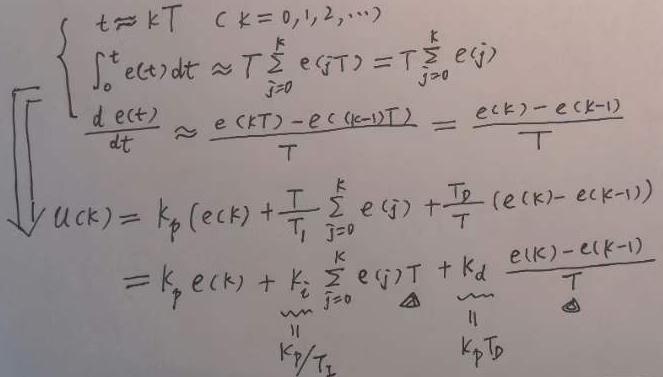
\[
\left\{
\begin{array}{l}
t = kT\ (k = 0,1,2,\cdots) \\
\int_{0}^{t} e(t)dt \approx T\sum_{j = 0}^{k} e(jT)=T\sum_{j = 0}^{k} e(j) \\
\frac{d\ e(t)}{dt} \approx \frac{e(kT)-e((k - 1)T)}{T}=\frac{e(k)-e(k - 1)}{T} \\
u(k)=k_{p}(e(k))+\frac{T}{T_{i}}\sum_{j = 0}^{k} e(j)+\frac{T_{d}}{T}(e(k)-e(k - 1)) \\
=k_{p}e(k)+k_{i}\sum_{j = 0}^{k} e(j)T + k_{d}\frac{e(k)-e(k - 1)}{T} \\
\underset{k_{p}/T_{i}}{\parallel}\ \ \ \ \ \ \ \ \ \ \ \ \ \ \ \ \ \ \ \ \ \ \ \ \ \ \ \ \ \ \ \ \ \ \ \ \ \ \ \ \ \ \ \ \ \ \ \ \ \ \ \ \ \ \ \ \ \ \ \ \ \ \ \ \ \ \ \ \ \ \ \ \ \ \ \ \ \ \ \ \ \ \ \ \ \ \ \ \ \ \ \ \ \ \ \ \ \ \ \ \ \ \ \ \ \ \ \ \ \ \ \ \ \ \ \ \ \ \ \ \ \ \ \ \ \ \ \ \ \ \ \ \ \ \ \ \ \ \ \ \ \ \ \ \ \ \ \ \ \ \ \ \ \ \ \ \ \ \ \ \ \ \ \ \ \ \ \ \ \ \ \ \ \ \ \ \ \ \ \ \ \ \ \ \ \ \ \ \ \ \ \ \ \ \ \ \ \ \ \ \ \ \ \ \ \ \ \ \ \ \ \ \ \ \ \ \ \ \ \ \ \ \ \ \ \ \ \ \ \ \ \ \ \ \ \ \ \ \ \ \ \ \ \ \ \ \ \ \ \ \ \ \ \ \ \ \ \ \ \ \ \ \ \ \ \ \ \ \ \ \ \ \ \ \ \ \ \ \ \ \ \ \ \ \ \ \ \ \ \ \ \ \ \ \ \ \ \ \ \ \ \ \ \ \ \ \ \ \ \ \ \ \ \ \ \ \ \ \ \ \ \ \ \ \ \ \ \ \ \ \ \ \ \ \ \ \ \ \ \ \ \ \ \ \ \ \ \ \ \ \ \ \ \ \ \ \ \ \ \ \ \ \ \ \ \ \ \ \ \ \ \ \ \ \ \ \ \ \ \ \ \ \ \ \ \ \ \ \ \ \ \ \ \ \ \ \ \ \ \ \ \ \ \ \ \ \ \ \ \ \ \ \ \ \ \ \ \ \ \ \ \ \ \ \ \ \ \ \ \ \ \ \ \ \ \ \ \ \ \ \ \ \ \ \ \ \ \ \ \ \ \ \ \ \ \ \ \ \ \ \ \ \ \ \ \ \ \ \ \ \ \ \ \ \ \ \ \ \ \ \ \ \ \ \ \ \ \ \ \ \ \ \ \ \ \ \ \ \ \ \ \ \ \ \ \ \ \ \ \ \ \ \ \ \ \ \ \ \ \ \ \ \ \ \ \ \ \ \ \ \ \ \ \ \ \ \ \ \ \ \ \ \ \ \ \ \ \ \ \ \ \ \ \ \ \ \ \ \ \ \ \ \ \ \ \ \ \ \ \ \ \ \ \ \ \ \ \ \ \ \ \ \ \ \ \ \ \ \ \ \ \ \ \ \ \ \ \ \ \ \ \ \ \ \ \ \ \ \ \ \ \ \ \ \ \ \ \ \ \ \ \ \ \ \ \ \ \ \ \ \ \ \ \ \ \ \ \ \ \ \ \ \ \ \ \ \ \ \ \ \ \ \ \ \ \ \ \ \ \ \ \ \ \ \ \ \ \ \ \ \ \ \ \ \ \ \ \ \ \ \ \ \ \ \ \ \ \ \ \ \ \ \ \ \ \ \ \ \ \ \ \ \ \ \ \ \ \ \ \ \ \ \ \ \ \ \ \ \ \ \ \ \ \ \ \ \ \ \ \ \ \ \ \ \ \ \ \ \ \ \ \ \ \ \ \ \ \ \ \ \ \ \ \ \ \ \ \ \ \ \ \ \ \ \ \ \ \ \ \ \ \ \ \ \ \ \ \ \ \ \ \ \ \ \ \ \ \ \ \ \ \ \ \ \ \ \ \ \ \ \ \ \ \ \ \ \ \ \ \ \ \ \ \ \ \ \ \ \ \ \ \ \ \ \ \ \ \ \ \ \ \ \ \ \ \ \ \ \ \ \ \ \ \ \ \ \ \ \ \ \ \ \ \ \ \ \ \ \ \ \ \ \ \ \ \ \ \ \ \ \ \ \ \ \ \ \ \ \ \ \ \ \ \ \ \ \ \ \ \ \ \ \ \ \ \ \ \ \ \ \ \ \ \ \ \ \ \ \ \ \ \ \ \ \ \ \ \ \ \ \ \ \ \ \ \ \ \ \ \ \ \ \ \ \ \ \ \ \ \ \ \ \ \ \ \ \ \ \ \ \ \ \ \ \ \ \ \ \ \ \ \ \ \ \ \ \ \ \ \ \ \ \ \ \ \ \ \ \ \ \ \ \ \ \ \ \ \ \ \ \ \ \ \ \ \ \ \ \ \ \ \ \ \ \ \ \ \ \ \ \ \ \ \ \ \ \ \ \ \ \ \ \ \ \ \ \ \ \ \ \ \ \ \ \ \ \ \ \ \ \ \ \ \ \ \ \ \ \ \ \ \ \ \ \ \ \ \ \ \ \ \ \ \ \ \ \ \ \ \ \ \ \ \ \ \ \ \ \ \ \ \ \ \ \ \ \ \ \ \ \ \ \ \ \ \ \ \ \ \ \ \ \ \ \ \ \ \ \ \ \ \ \ \ \ \ \ \ \ \ \ \ \ \ \ \ \ \ \ \ \ \ \ \ \ \ \ \ \ \ \ \ \ \ \ \ \ \ \ \ \ \ \ \ \ \ \ \ \ \ \ \ \ \ \ \ \ \ \ \ \ \ \ \ \ \ \ \ \ \ \ \ \ \ \ \ \ \ \ \ \ \ \ \ \ \ \ \ \ \ \ \ \ \ \ \ \ \ \ \ \ \ \ \ \ \ \ \ \ \ \ \ \ \ \ \ \ \ \ \ \ \ \ \ \ \ \ \ \ \ \ \ \ \ \ \ \ \ \ \ \ \ \ \ \ \ \ \ \ \ \ \ \ \ \ \ \ \ \ \ \ \ \ \ \ \ \ \ \ \ \ \ \ \ \ \ \ \ \ \ \ \ \ \ \ \ \ \ \ \ \ \ \ \ \ \ \ \ \ \ \ \ \ \ \ \ \ \ \ \ \ \ \ \ \ \ \ \ \ \ \ \ \ \ \ \ \ \ \ \ \ \ \ \ \ \ \ \ \ \ \ \ \ \ \ \ \ \ \ \ \ \ \ \ \ \ \ \ \ \ \ \ \ \ \ \ \ \ \ \ \ \ \ \ \ \ \ \ \ \ \ \ \ \ \ \ \ \ \ \ \ \ \ \ \ \ \ \ \ \ \ \ \ \ \ \ \ \ \ \ \ \ \ \ \ \ \ \ \ \ \ \ \ \ \ \ \ \ \ \ \ \ \ \ \ \ \ \ \ \ \ \ \ \ \ \ \ \ \ \ \ \ \ \ \ \ \ \ \ \ \ \ \ \ \ \ \ \ \ \ \ \ \ \ \ \ \ \ \ \ \ \ \ \ \ \ \ \ \ \ \ \ \ \ \ \ \ \ \ \ \ \ \ \ \ \ \ \ \ \ \ \ \ \ \ \ \ \ \ \ \ \ \ \ \ \ \ \ \ \ \ \ \ \ \ \ \ \ \ \ \ \ \ \ \ \ \ \ \ \ \ \ \ \ \ \ \ \ \ \ \ \ \ \ \ \ \ \ \ \ \ \ \ \ \ \ \ \ \ \ \ \ \ \ \ \ \ \ \ \ \ \ \ \ \ \ \ \ \ \ \ \ \ \ \ \ \ \ \ \ \ \ \ \ \ \ \ \ \ \ \ \ \ \ \ \ \ \ \ \ \ \ \ \ \ \ \ \ \ \ \ \ \ \ \ \ \ \ \ \ \ \ \ \ \ \ \ \ \ \ \ \ \ \ \ \ \ \ \ \ \ \ \ \ \ \ \ \ \ \ \ \ \ \ \ \ \ \ \ \ \ \ \ \ \ \ \ \ \ \ \ \ \ \ \ \ \ \ \ \ \ \ \ \ \ \ \ \ \ \ \ \ \ \ \ \ \ \ \ \ \ \ \ \ \ \ \ \ \ \ \ \ \ \ \ \ \ \ \ \ \ \ \ \ \ \ \ \ \ \ \ \ \ \ \ \ \ \ \ \ \ \ \ \ \ \ \ \ \ \ \ \ \ \ \ \ \ \ \ \ \ \ \ \ \ \ \ \ \ \ \ \ \ \ \ \ \ \ \ \ \ \ \ \ \ \ \ \ \ \ \ \ \ \ \ \ \ \ \ \ \ \ \ \ \ \ \ \ \ \ \ \ \ \ \ \ \ \ \ \ \ \ \ \ \ \ \ \ \ \ \ \ \ \ \ \ \ \ \ \ \ \ \ \ \ \ \ \ \ \ \ \ \ \ \ \ \ \ \ \ \ \ \ \ \ \ \ \ \ \ \ \ \ \ \ \ \ \ \ \ \ \ \ \ \ \ \ \ \ \ \ \ \ \ \ \ \ \ \ \ \ \ \ \ \ \ \ \ \ \ \ \ \ \ \ \ \ \ \ \ \ \ \ \ \ \ \ \ \ \ \ \ \ \ \ \ \ \ \ \ \ \ \ \ \ \ \ \ \ \ \ \ \ \ \ \ \ \ \ \ \ \ \ \ \ \ \ \ \ \ \ \ \ \ \ \ \ \ \ \ \ \ \ \ \ \ \ \ \ \ \ \ \ \ \ \ \ \ \ \ \ \ \ \ \ \ \ \ \ \ \ \ \ \ \ \ \ \ \ \ \ \ \ \ \ \ \ \ \ \ \ \ \ \ \ \ \ \ \ \ \ \ \ \ \ \ \ \ \ \ \ \ \ \ \ \ \ \ \ \ \ \ \ \ \ \ \ \ \ \ \ \ \ \ \ \ \ \ \ \ \ \ \ \ \ \ \ \ \ \ \ \ \ \ \ \ \ \ \ \ \ \ \ \ \ \ \ \ \ \ \ \ \ \ \ \ \ \ \ \ \ \ \ \ \ \ \ \ \ \ \ \ \ \ \ \ \ \ \ \ \ \ \ \ \ \ \ \ \ \ \ \ \ \ \ \ \ \ \ \ \ \ \ \ \ \ \ \ \ \ \ \ \ \ \ \ \ \ \ \ \ \ \ \ \ \ \ \ \ \ \ \ \ \ \ \ \ \ \ \ \ \ \ \ \ \ \ \ \ \ \ \ \ \ \ \ \ \ \ \ \ \ \ \ \ \ \ \ \ \ \ \ \ \ \ \ \ \ \ \ \ \ \ \ \ \ \ \ \ \ \ \ \ \ \ \ \ \ \ \ \ \ \ \ \ \ \ \ \ \ \ \ \ \ \ \ \ \ \ \ \ \ \ \ \ \ \ \ \ \ \ \ \ \ \ \ \ \ \ \ \ \ \ \ \ \ \ \ \ \ \ \ \ \ \ \ \ \ \ \ \ \ \ \ \ \ \ \ \ \ \ \ \ \ \ \ \ \ \ \ \ \ \ \ \ \ \ \ \ \ \ \ \ \ \ \ \ \ \ \ \ \ \ \ \ \ \ \ \ \ \ \ \ \ \ \ \ \ \ \ \ \ \ \ \ \ \ \ \ \ \ \ \ \ \ \ \ \ \ \ \ \ \ \ \ \ \ \ \ \ \ \ \ \ \ \ \ \ \ \ \ \ \ \ \ \ \ \ \ \ \ \ \ \ \ \ \ \ \ \ \ \ \ \ \ \ \ \ \ \ \ \ \ \ \ \ \ \ \ \ \ \ \ \ \ \ \ \ \ \ \ \ \ \ \ \ \ \ \ \ \ \ \ \ \ \ \ \ \ \ \ \ \ \ \ \ \ \ \ \ \ \ \ \ \ \ \ \ \ \ \ \ \ \ \ \ \ \ \ \ \ \ \ \ \ \ \ \ \ \ \ \ \ \ \ \ \ \ \ \ \ \ \ \ \ \ \ \ \ \ \ \ \ \ \ \ \ \ \ \ \ \ \ \ \ \ \ \ \ \ \ \ \ \ \ \ \ \ \ \ \ \ \ \ \ \ \ \ \ \ \ \ \ \ \ \ \ \ \ \ \ \ \ \ \ \ \ \ \ \ \ \ \ \ \ \ \ \ \ \ \ \ \ \ \ \ \ \ \ \ \ \ \ \ \ \ \ \ \ \ \ \ \ \ \ \ \ \ \ \ \ \ \ \ \ \ \ \ \ \ \ \ \ \ \ \ \ \ \ \ \ \ \ \ \ \ \ \ \ \ \ \ \ \ \ \ \ \ \ \ \ \ \ \ \ \ \ \ \ \ \ \ \ \ \ \ \ \ \ \ \ \ \ \ \ \ \ \ \ \ \ \ \ \ \ \ \ \ \ \ \ \ \ \ \ \ \ \ \ \ \ \ \ \ \ \ \ \ \ \ \ \ \ \ \ \ \ \ \ \ \ \ \ \ \ \ \ \ \ \ \ \ \ \ \ \ \ \ \ \ \ \ \ \ \ \ \ \ \ \ \ \ \ \ \ \ \ \ \ \ \ \ \ \ \ \ \ \ \ \ \ \ \ \ \ \ \ \ \ \ \ \ \ \ \ \ \ \ \ \ \ \ \ \ \ \ \ \ \ \ \ \ \ \ \ \ \ \ \ \ \ \ \ \ \ \ \ \ \ \ \ \ \ \ \ \ \ \ \ \ \ \ \ \ \ \ \ \ \ \ \ \ \ \ \ \ \ \ \ \ \ \ \ \ \ \ \ \ \ \ \ \ \ \ \ \ \ \ \ \ \ \ \ \ \ \ \ \ \ \ \ \ \ \ \ \ \ \ \ \ \ \ \ \ \ \ \ \ \ \ \ \ \ \ \ \ \ \ \ \ \ \ \ \ \ \ \ \ \ \ \ \ \ \ \ \ \ \ \ \ \ \ \ \ \ \ \ \ \ \ \ \ \ \ \ \ \ \ \ \ \ \ \ \ \ \ \ \ \ \ \ \ \ \ \ \ \ \ \ \ \ \ \ \ \ \ \ \ \ \ \ \ \ \ \ \ \ \ \ \ \ \ \ \ \ \ \ \ \ \ \ \ \ \ \ \ \ \ \ \ \ \ \ \ \ \ \ \ \ \ \ \ \ \ \ \ \ \ \ \ \ \ \ \ \ \ \ \ \ \ \ \ \ \ \ \ \ \ \ \ \ \ \ \ \ \ \ \ \ \ \ \ \ \ \ \ \ \ \ \ \ \ \ \ \ \ \ \ \ \ \ \ \ \ \ \ \ \ \ \ \ \ \ \ \ \ \ \ \ \ \ \ \ \ \ \ \ \ \ \ \ \ \ \ \ \ \ \ \ \ \ \ \ \ \ \ \ \ \ \ \ \ \ \ \ \ \ \ \ \ \ \ \ \ \ \ \ \ \ \ \ \ \ \ \ \ \ \ \ \ \ \ \ \ \ \ \ \ \ \ \ \ \ \ \ \ \ \ \ \ \ \ \ \ \ \ \ \ \ \ \ \ \ \ \ \ \ \ \ \ \ \ \ \ \ \ \ \ \ \ \ \ \ \ \ \ \ \ \ \ \ \ \ \ \ \ \ \ \ \ \ \ \ \ \ \ \ \ \ \ \ \ \ \ \ \ \ \ \ \ \ \ \ \ \ \ \ \ \ \ \ \ \ \ \ \ \ \ \ \ \ \ \ \ \ \ \ \ \ \ \ \ \ \ \ \ \ \ \ \ \ \ \ \ \ \ \ \ \ \ \ \ \ \ \ \ \ \ \ \ \ \ \ \ \ \ \ \ \ \ \ \ \ \ \ \ \ \ \ \ \ \ \ \ \ \ \ \ \ \ \ \ \ \ \ \ \ \ \ \ \ \ \ \ \ \ \ \ \ \ \ \ \ \ \ \ \ \ \ \ \ \ \ \ \ \ \ \ \ \ \ \ \ \ \ \ \ \ \ \ \ \ \ \ \ \ \ \ \ \ \ \ \ \ \ \ \ \ \ \ \ \ \ \ \ \ \ \ \ \ \ \ \ \ \ \ \ \ \ \ \ \ \ \ \ \ \ \ \ \ \ \ \ \ \ \ \ \ \ \ \ \ \ \ \ \ \ \ \ \ \ \ \ \ \ \ \ \ \ \ \ \ \ \ \ \ \ \ \ \ \ \ \ \ \ \ \ \ \ \ \ \ \ \ \ \ \ \ \ \ \ \ \ \ \ \ \ \ \ \ \ \ \ \ \ \ \ \ \ \ \ \ \ \ \ \ \ \ \ \ \ \ \ \ \ \ \ \ \ \ \ \ \ \ \ \ \ \ \ \ \ \ \ \ \ \ \ \ \ \ \ \ \ \ \ \ \ \ \ \ \ \ \ \ \ \ \ \ \ \ \ \ \ \ \ \ \ \ \ \ \ \ \ \ \ \ \ \ \ \ \ \ \ \ \ \ \ \ \ \ \ \ \ \ \ \ \ \ \ \ \ \ \ \ \ \ \ \ \ \ \ \ \ \ \ \ \ \ \ \ \ \ \ \ \ \ \ \ \ \ \ \ \ \ \ \ \ \ \ \ \ \ \ \ \ \ \ \ \ \ \ \ \ \ \ \ \ \ \ \ \ \ \ \ \ \ \ \ \ \ \ \ \ \ \ \ \ \ \ \ \ \ \ \ \ \ \ \ \ \ \ \ \ \ \ \ \ \ \ \ \ \ \ \ \ \ \ \ \ \ \ \ \ \ \ \ \ \ \ \ \ \ \ \ \ \ \ \ \ \ \ \ \ \ \ \ \ \ \ \ \ \ \ \ \ \ \ \ \ \ \ \ \ \ \ \ \ \ \ \ \ \ \ \ \ \ \ \ \ \ \ \ \ \ \ \